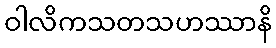
ဝါလိကသတသဟဿာနိ